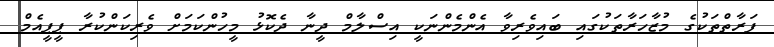
ފަރާތްތަކުގެ މުޒާހަރާތަކުގައި ބައިވެރިވާ އެންމެންނަކީ އިސްލާމް ދީނާ ދެކޮޅު މީހުންކަމަށް ވެރިކަންކުރާ ޕީޕީއެމް